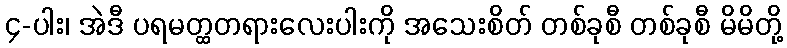
၄-ပါး၊ အဲဒီ ပရမတ္ထတရားလေးပါးကို အသေးစိတ် တစ်ခုစီ တစ်ခုစီ မိမိတို့